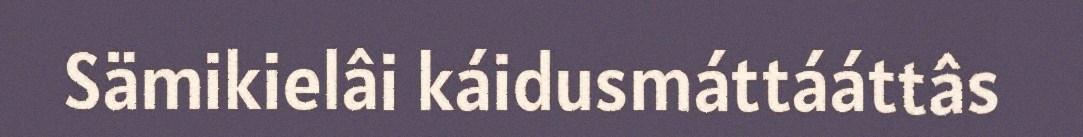
Sämikielâi káidusmáttááttâs